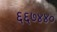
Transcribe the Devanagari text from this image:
६६७४४०